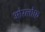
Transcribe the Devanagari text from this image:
ओरलोफ़